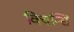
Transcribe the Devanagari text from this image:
क्विन्सि